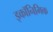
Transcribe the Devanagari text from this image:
इकॉनिमिक